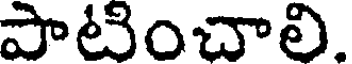
పాటించాలి.